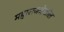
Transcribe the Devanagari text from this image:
महाराजदेखील